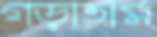
গড়াতাম